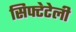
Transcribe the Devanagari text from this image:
सिफ्टेटेली